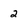
Character: 2